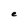
Character: e